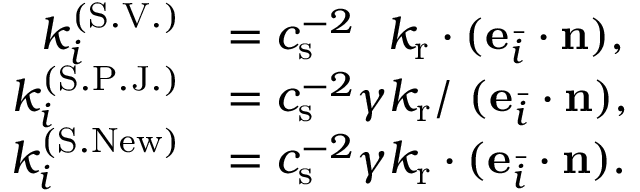
\begin{array} { r l } { k _ { i } ^ { ( \mathrm { S . V . } ) } } & { = c _ { \mathrm { s } } ^ { - 2 } \ \ k _ { \mathrm { r } } \cdot ( \mathbf { e } _ { \bar { i } } \cdot \mathbf { n } ) , } \\ { k _ { i } ^ { ( \mathrm { S . P . J . } ) } } & { = c _ { \mathrm { s } } ^ { - 2 } \gamma k _ { \mathrm { r } } / \ ( \mathbf { e } _ { \bar { i } } \cdot \mathbf { n } ) , } \\ { k _ { i } ^ { ( \mathrm { S . N e w } ) } } & { = c _ { \mathrm { s } } ^ { - 2 } \gamma k _ { \mathrm { r } } \cdot ( \mathbf { e } _ { \bar { i } } \cdot \mathbf { n } ) . } \end{array}